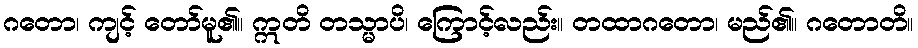
ဂတော၊ ကျင့် တော်မူ၏။ ဣတိ တသ္မာပိ၊ ကြောင့်လည်း။ တထာဂတော၊ မည်၏။ ဂတောတိ။